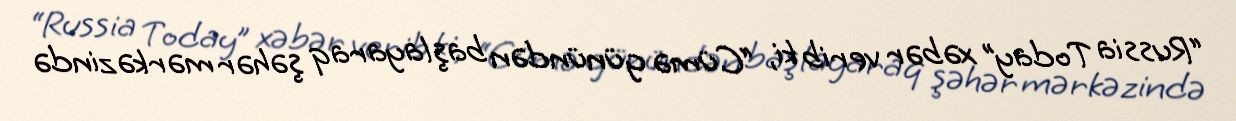
“Russia Today” xəbər verib ki, “Cümə günündən başlayaraq şəhər mərkəzində